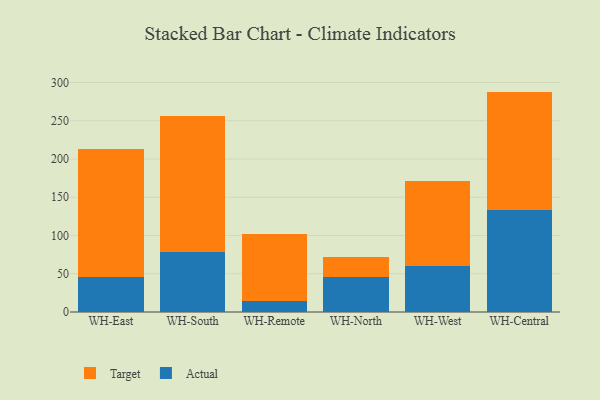
{"axis": {"x": "Warehouse", "y": "Website Visitors"}, "legend": ["Actual", "Target"], "data": [{"x": "WH-East", "y": 45.6, "type": "Actual"}, {"x": "WH-East", "y": 167.6, "type": "Target"}, {"x": "WH-South", "y": 78.7, "type": "Actual"}, {"x": "WH-South", "y": 176.9, "type": "Target"}, {"x": "WH-Remote", "y": 13.8, "type": "Actual"}, {"x": "WH-Remote", "y": 87.6, "type": "Target"}, {"x": "WH-North", "y": 45.8, "type": "Actual"}, {"x": "WH-North", "y": 25.5, "type": "Target"}, {"x": "WH-West", "y": 59.7, "type": "Actual"}, {"x": "WH-West", "y": 111.1, "type": "Target"}, {"x": "WH-Central", "y": 133.3, "type": "Actual"}, {"x": "WH-Central", "y": 154.8, "type": "Target"}]}